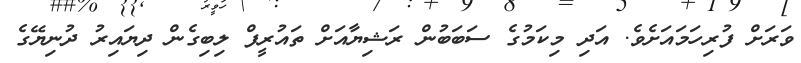
ވަރަށް ފުރިހަމައަށެވެ. އަދި މިކަމުގެ ސަބަބުން ރަޝިޔާއަށް ތައުރީފް ލިބިގެން ދިޔައިރު ދުނިޔޭގެ